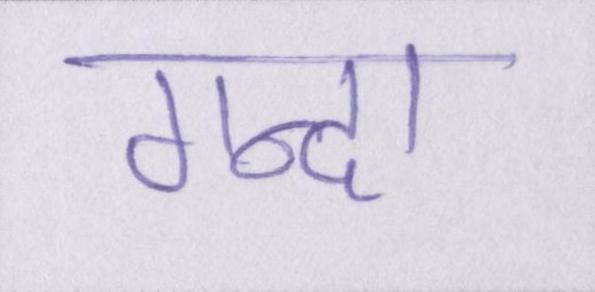
गन्दा